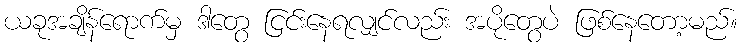
ယခုအချိန်ရောက်မှ ဒါတွေ ငြင်းနေရလျှင်လည်း အပိုတွေပဲ ဖြစ်နေတော့မည်။